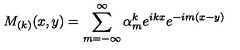
M _ { ( k ) } ( x , y ) = \sum _ { m = - \infty } ^ { \infty } \alpha _ { m } ^ { k } e ^ { i k x } e ^ { - i m ( x - y ) }